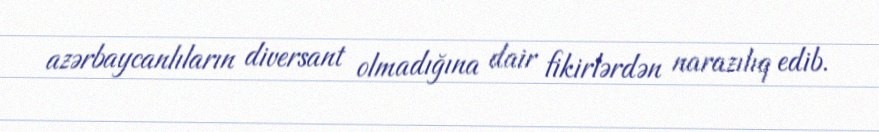
azərbaycanlıların diversant olmadığına dair fikirlərdən narazılıq edib.